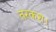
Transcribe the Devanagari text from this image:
तरकश।